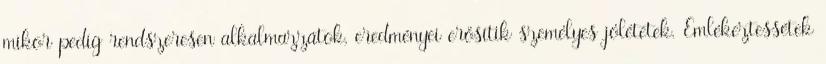
mikor pedig rendszeresen alkalmazzátok, eredményei erősítik személyes jólétetek. Emlékeztessétek